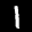
Label: 1